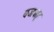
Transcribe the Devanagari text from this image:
वज्रबाहु